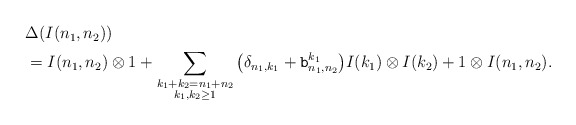
\begin{align*} \begin{aligned}& \Delta(I(n_1,n_2)) \\ &= I(n_1,n_2)\otimes 1+\sum_{\substack{k_1+k_2=n_1+n_2\\k_1,k_2\ge1}} \big( \delta_{n_1,k_1} + {\tt b}_{n_1,n_2}^{k_1} \big) I(k_1)\otimes I(k_2) + 1\otimes I(n_1,n_2). \end{aligned}\end{align*}